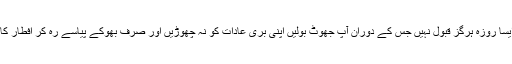
اللہ تعالی کو ایسا روزہ ہرگز قبول نہیں جس کے دوران آپ جھوٹ بولیں اپنی بری عادات کو نہ چھوڑیں اور صرف بھوکے پیاسے رہ کر افطار کا انتظار کریں۔